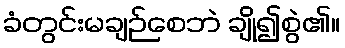
ခံတွင်းမချဉ်စေဘဲ ချို၍စွဲ၏။